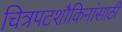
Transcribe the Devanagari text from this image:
चित्रपटशौकिनांसाठी